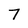
Character: 7